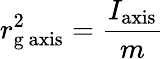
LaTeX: r_{\mathrm{g}{\mathrm{~axis}}}^{2}={\frac{I_{\mathrm{axis}}}{m}}